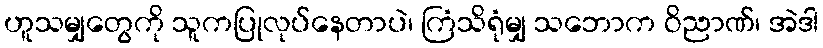
ဟူသမျှတွေကို သူကပြုလုပ်နေတာပဲ၊ ကြံသိရုံမျှ သဘောက ဝိညာဏ်၊ အဲဒါ